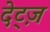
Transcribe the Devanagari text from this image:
देट्ज़